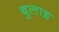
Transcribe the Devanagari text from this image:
बुलाइ